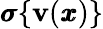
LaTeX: {\pmb\sigma}\{ {\mathbf v}({\pmb x})\}